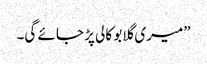
”میری گلابو کالی پڑ جائے گی۔